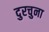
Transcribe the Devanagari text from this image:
दुरचुना